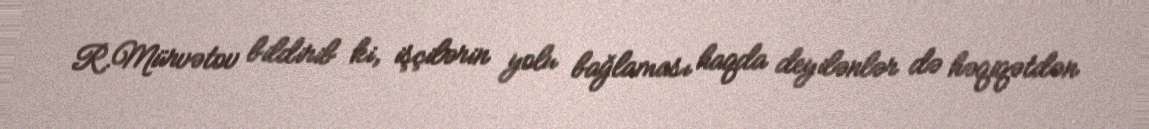
R.Mürvətov bildirib ki, işçilərin yolu bağlaması haqda deyilənlər də həqiqətdən